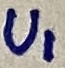
Text: U1